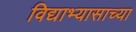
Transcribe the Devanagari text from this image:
विद्याभ्यासाच्या